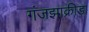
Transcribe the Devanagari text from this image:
गंजझाक्रीड़ा